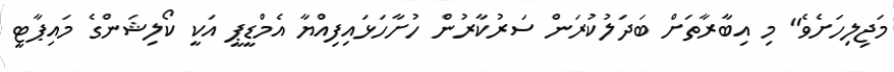
މަޖިލިހަށެވެ" މި އިބާރާތަށް ބަދަލުކުރަން ސަރުކާރުން ހުށާހަޅައިފިއްޔާ އެމްޑީޕީ އަކީ ކޯލިޝަންގެ މައިޕާޓީ